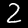
Digit: 2